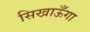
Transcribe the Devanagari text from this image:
सिखाऊँगा